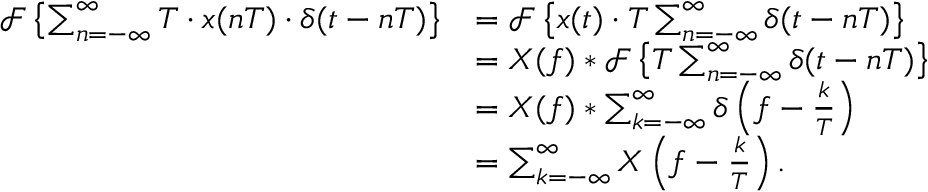
{ \begin{array} { r l } { { \mathcal { F } } \left\{ \sum _ { n = - \infty } ^ { \infty } T \cdot x ( n T ) \cdot \delta ( t - n T ) \right\} } & { = { \mathcal { F } } \left\{ x ( t ) \cdot T \sum _ { n = - \infty } ^ { \infty } \delta ( t - n T ) \right\} } \\ & { = X ( f ) * { \mathcal { F } } \left\{ T \sum _ { n = - \infty } ^ { \infty } \delta ( t - n T ) \right\} } \\ & { = X ( f ) * \sum _ { k = - \infty } ^ { \infty } \delta \left( f - { \frac { k } { T } } \right) } \\ & { = \sum _ { k = - \infty } ^ { \infty } X \left( f - { \frac { k } { T } } \right) . } \end{array} }